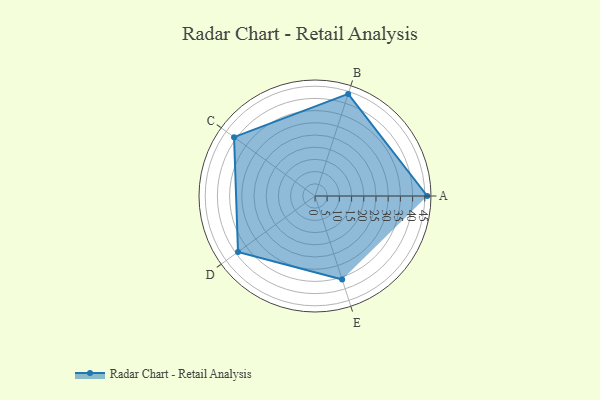
{"axis": {"x": "Skill", "y": "Score"}, "legend": ["Profile"], "data": [{"x": "A", "y": 46.0, "type": "Profile"}, {"x": "B", "y": 44.0, "type": "Profile"}, {"x": "C", "y": 41.0, "type": "Profile"}, {"x": "D", "y": 39.0, "type": "Profile"}, {"x": "E", "y": 36.0, "type": "Profile"}]}